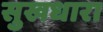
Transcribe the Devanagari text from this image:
सुखधारा